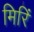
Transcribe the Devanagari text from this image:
मिरिं